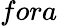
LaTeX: fora